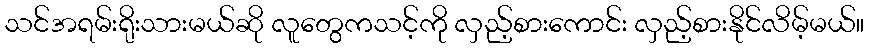
သင်အရမ်းရိုးသားမယ်ဆို လူတွေကသင့်ကို လှည့်စားကောင်း လှည့်စားနိုင်လိမ့်မယ်။